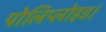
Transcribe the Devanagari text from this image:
पोलिप्लोइड।